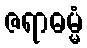
ဇရာဓမ္မံ